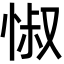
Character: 𢛼